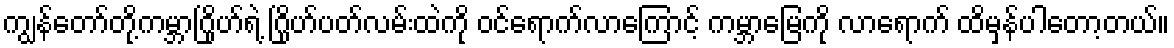
ကျွန်တော်တို့ကမ္ဘာဂြိုဟ်ရဲ့ ဂြိုဟ်ပတ်လမ်းထဲကို ဝင်ရောက်လာကြောင့် ကမ္ဘာမြေကို လာရောက် ထိမှန်ပါတော့တယ်။